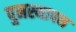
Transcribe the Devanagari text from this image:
पुनस्थापन